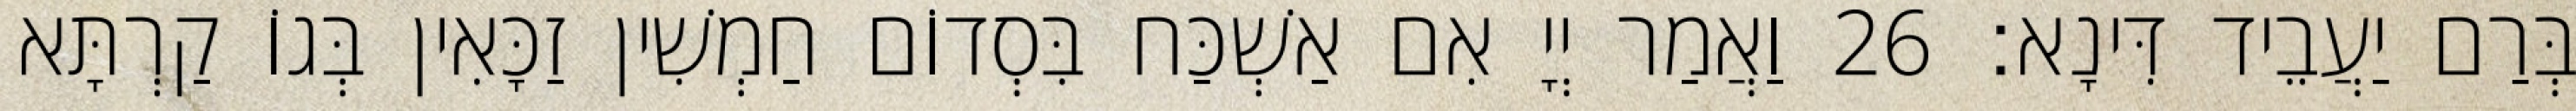
בְּרַם יַעֲבֵיד דִּינָא׃ 26 וַאֲמַר יְיָ אִם אַשְׁכַּח בִּסְדוֹם חַמְשִׁין זַכָּאִין בְּגוֹ קַרְתָּא